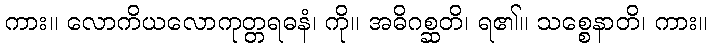
ကား။ လောကိယလောကုတ္တရဓနံ၊ ကို။ အဓိဂစ္ဆတိ၊ ရ၏။ သစ္စေနာတိ၊ ကား။